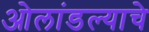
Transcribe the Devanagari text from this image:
ओलांडल्याचे